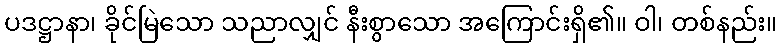
ပဒဋ္ဌာနာ၊ ခိုင်မြဲသော သညာလျှင် နီးစွာသော အကြောင်းရှိ၏။ ဝါ၊ တစ်နည်း။